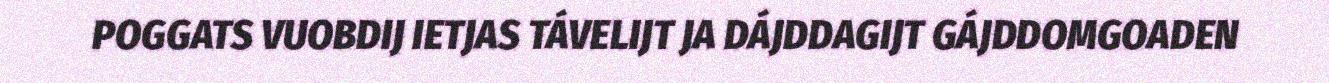
POGGATS VUOBDIJ IETJAS TÁVELIJT JA DÁJDDAGIJT GÁJDDOMGOADEN